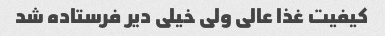
کیفیت غذا عالی ولی خیلی دیر فرستاده شد